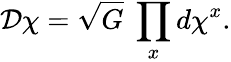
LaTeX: {\cal D}\chi=\sqrt{G}\ \prod_{x}d\chi^{x}.